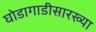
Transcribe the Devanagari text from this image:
घोडागाडीसारख्या